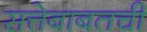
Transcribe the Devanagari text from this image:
सत्तेबाबतची